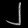
Digit: ၂